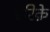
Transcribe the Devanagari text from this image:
एंरिक़े